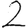
Digit: 2